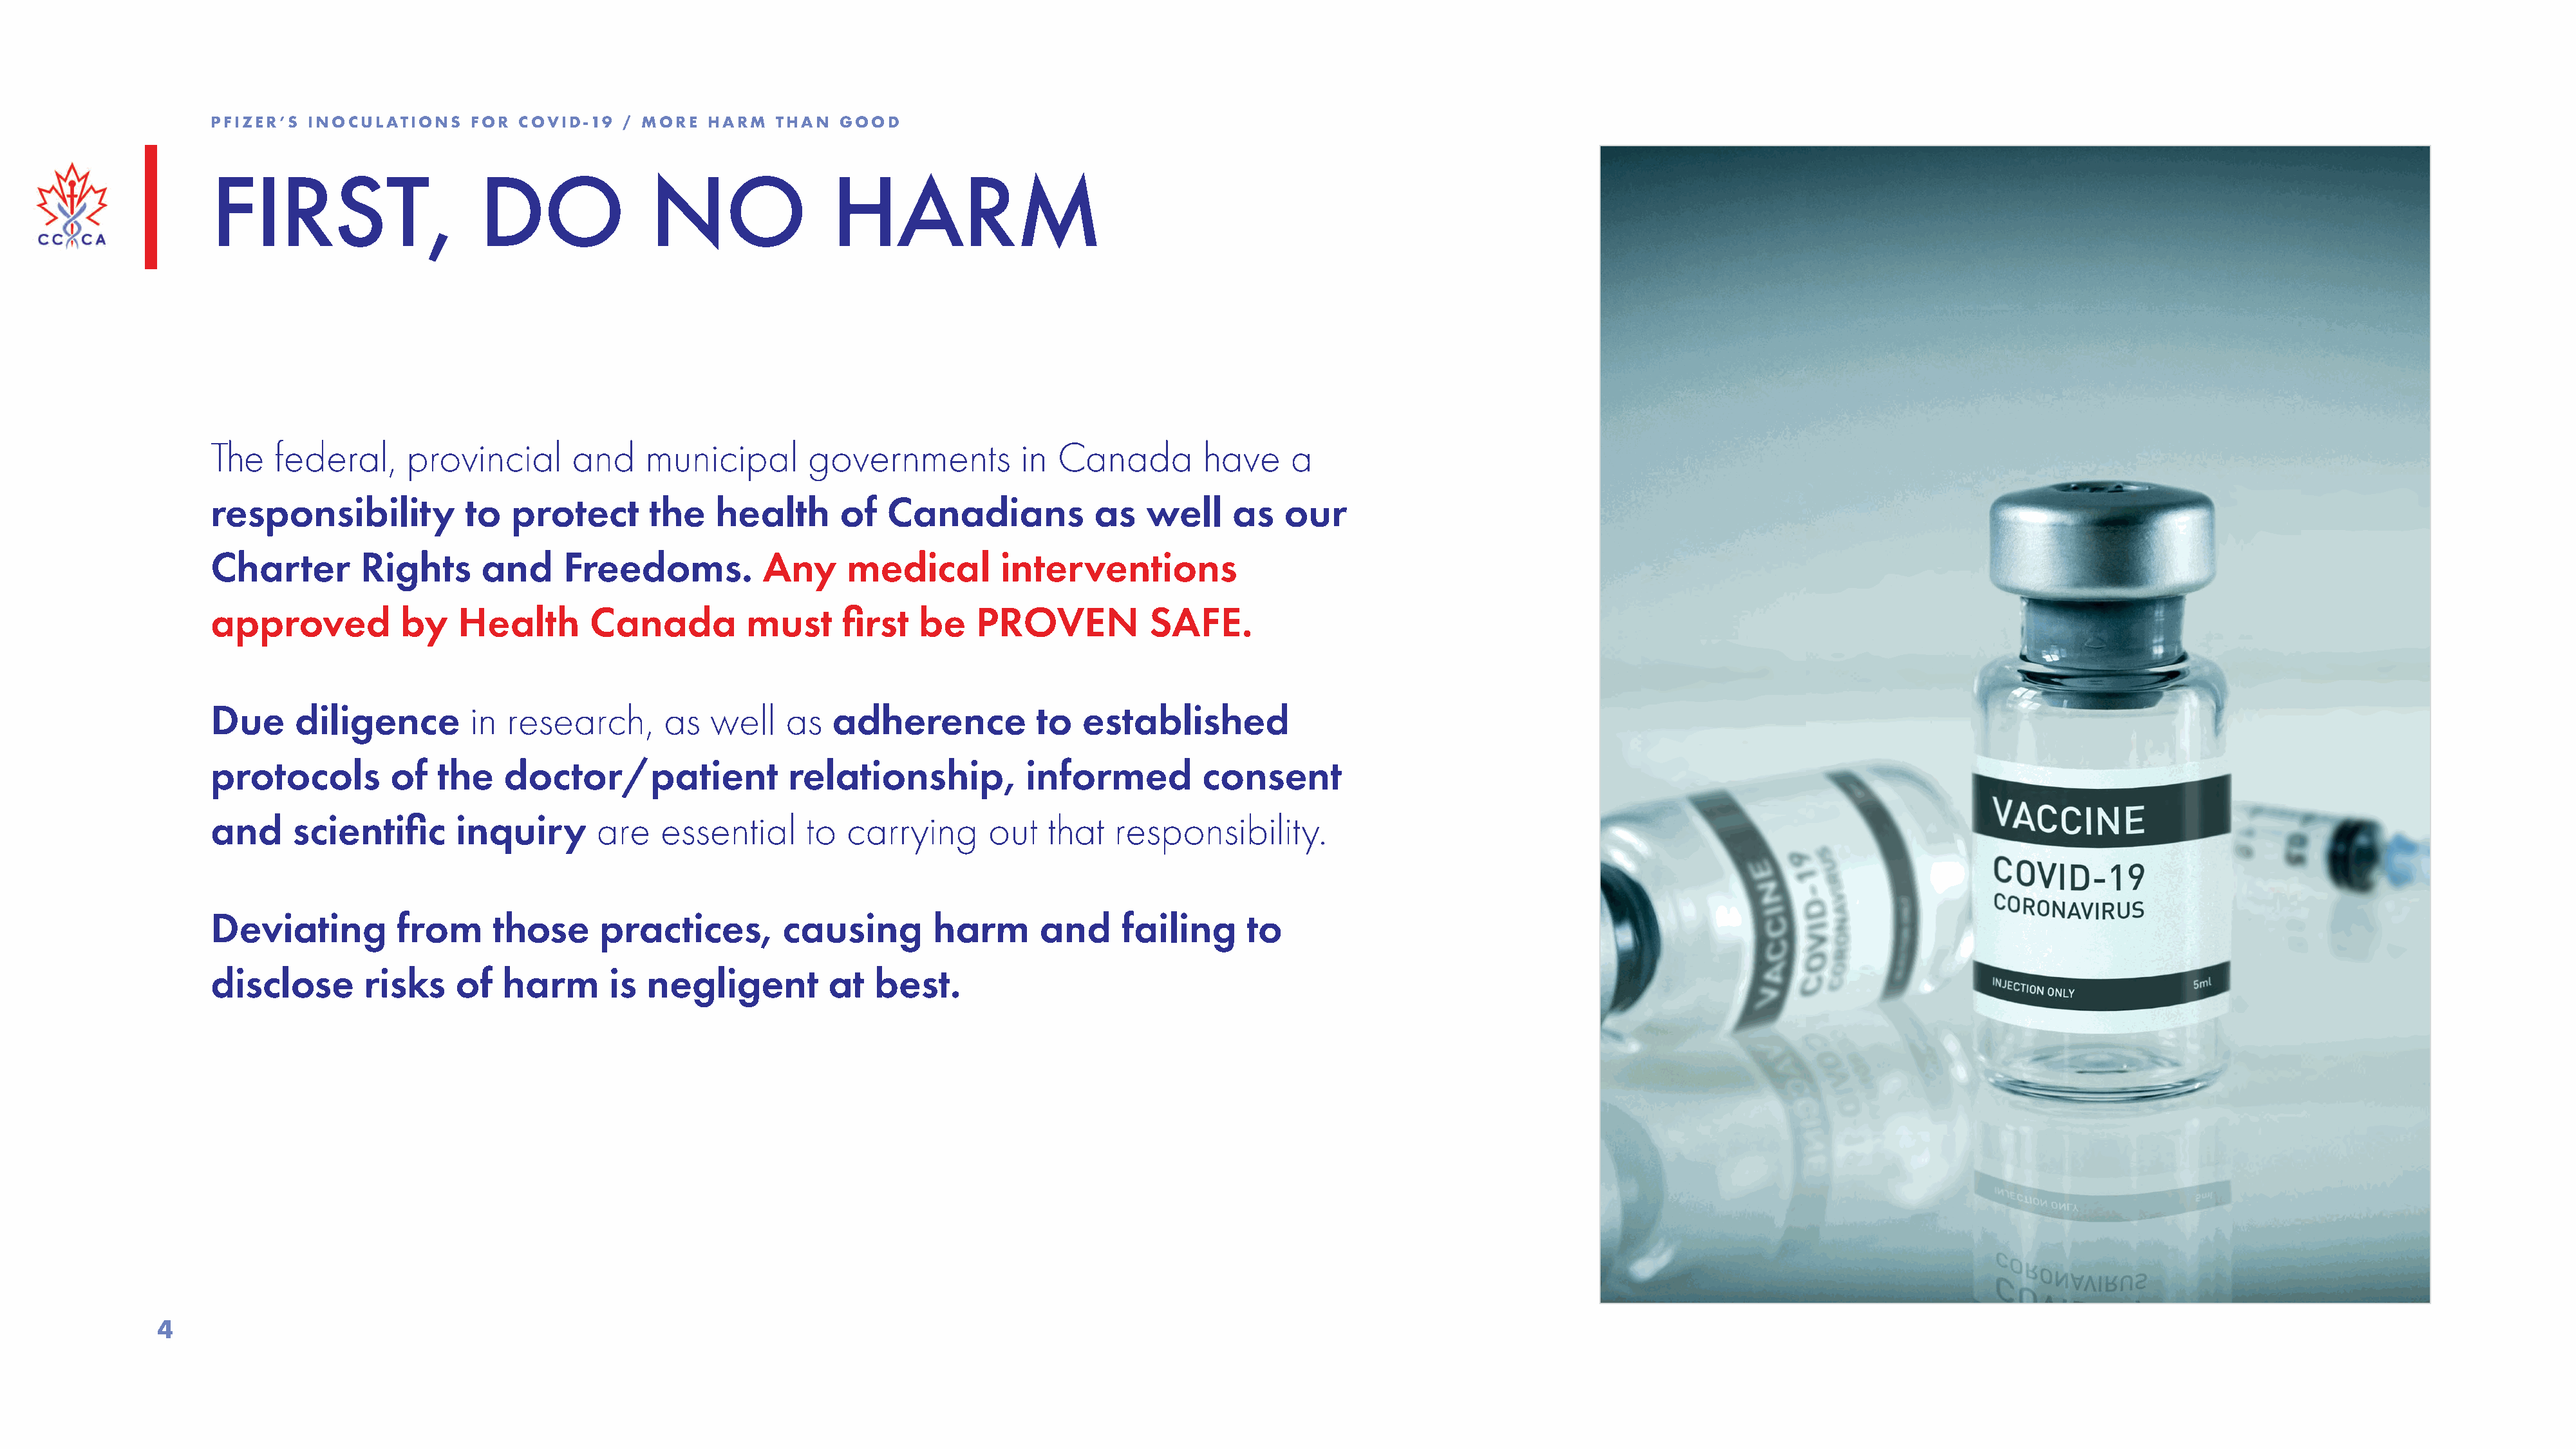
PFIZER’S  INOCULATIONS    FOR  COVID-19   / MORE   HARM   THAN  GOOD
 FIRST,                     DO                NO                HARM
 The   federal,      provincial       and    municipal        governments           in  Canada         have     a
 responsibility            to   protect       the    health      of   Canadians            as    well     as   our
 Charter        Rights      and      Freedoms.           Any      medical         interventions
 approved           by    Health        Canada          must      first  be    PROVEN            SAFE.
 Due     diligence         in  research,       as   well    as   adherence            to  established
 protocols         of   the    doctor/patient               relationship,           informed           consent
 and     scientific       inquiry       are    essential      to  carrying       out   that   responsibility.
 Deviating          from      those      practices,        causing         harm       and     failing      to
 disclose       risks     of   harm       is negligent          at   best.
 4